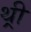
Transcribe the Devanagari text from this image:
थ़्री